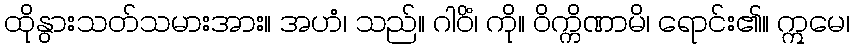
ထိုနွားသတ်သမားအား။ အဟံ၊ သည်။ ဂါဝိံ၊ ကို။ ဝိက္ကိဏာမိ၊ ရောင်း၏။ ဣမေ၊